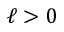
\ell > 0